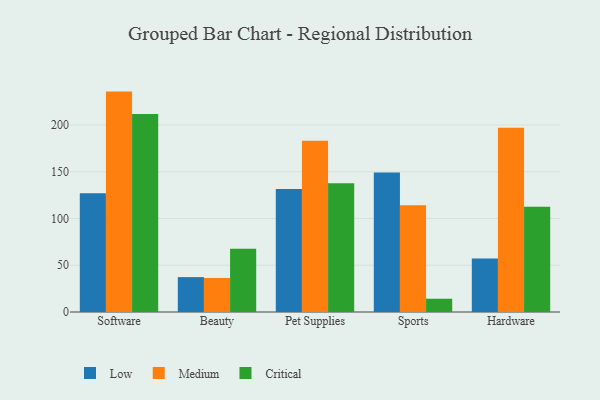
{"axis": {"x": "Category", "y": "Page Views"}, "legend": ["Critical", "Low", "Medium"], "data": [{"x": "Software", "y": 127.1, "type": "Low"}, {"x": "Software", "y": 235.7, "type": "Medium"}, {"x": "Software", "y": 211.8, "type": "Critical"}, {"x": "Beauty", "y": 37.3, "type": "Low"}, {"x": "Beauty", "y": 36.4, "type": "Medium"}, {"x": "Beauty", "y": 67.7, "type": "Critical"}, {"x": "Pet Supplies", "y": 131.5, "type": "Low"}, {"x": "Pet Supplies", "y": 183.2, "type": "Medium"}, {"x": "Pet Supplies", "y": 137.7, "type": "Critical"}, {"x": "Sports", "y": 149.2, "type": "Low"}, {"x": "Sports", "y": 114.1, "type": "Medium"}, {"x": "Sports", "y": 14.2, "type": "Critical"}, {"x": "Hardware", "y": 57.1, "type": "Low"}, {"x": "Hardware", "y": 197.0, "type": "Medium"}, {"x": "Hardware", "y": 112.6, "type": "Critical"}]}